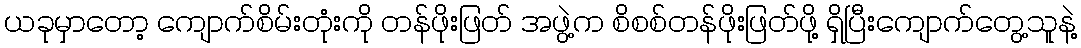
ယခုမှာတော့ ကျောက်စိမ်းတုံးကို တန်ဖိုးဖြတ် အဖွဲ့က စိစစ်တန်ဖိုးဖြတ်ဖို့ ရှိပြီးကျောက်တွေ့သူနဲ့